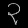
Digit: ၃